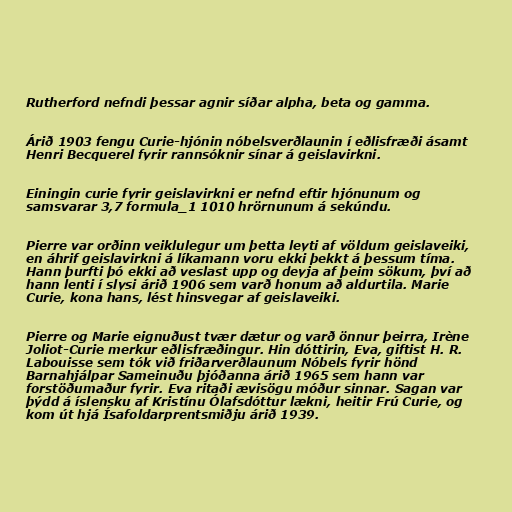
Rutherford nefndi þessar agnir síðar alpha, beta og gamma.

Árið 1903 fengu Curie-hjónin nóbelsverðlaunin í eðlisfræði ásamt
Henri Becquerel fyrir rannsóknir sínar á geislavirkni.

Einingin curie fyrir geislavirkni er nefnd eftir hjónunum og
samsvarar 3,7 formula_1 1010 hrörnunum á sekúndu.

Pierre var orðinn veiklulegur um þetta leyti af völdum geislaveiki,
en áhrif geislavirkni á líkamann voru ekki þekkt á þessum tíma.
Hann þurfti þó ekki að veslast upp og deyja af þeim sökum, því að
hann lenti í slysi árið 1906 sem varð honum að aldurtila. Marie
Curie, kona hans, lést hinsvegar af geislaveiki.

Pierre og Marie eignuðust tvær dætur og varð önnur þeirra, Irène
Joliot-Curie merkur eðlisfræðingur. Hin dóttirin, Eva, giftist H. R.
Labouisse sem tók við friðarverðlaunum Nóbels fyrir hönd
Barnahjálpar Sameinuðu þjóðanna árið 1965 sem hann var
forstöðumaður fyrir. Eva ritaði ævisögu móður sinnar. Sagan var
þýdd á íslensku af Kristínu Ólafsdóttur lækni, heitir Frú Curie, og
kom út hjá Ísafoldarprentsmiðju árið 1939.